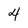
Character: 4